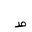
Letter: _da